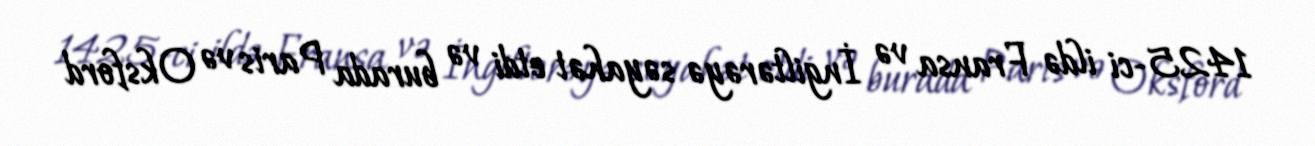
1425-ci ildə Fransa və İngiltərəyə səyahət etdi və burada Paris və Oksford